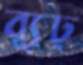
ব্যূঢ়